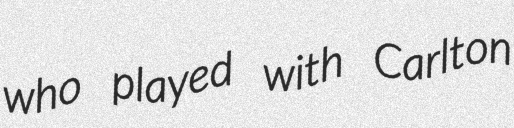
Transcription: who played with Carlton